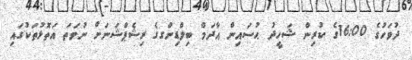
ދުވަހުގެ 16:00ގެ ކުރިން ޝަހީދު ޙުސައިން އާދަމް ބިލްޑިންގގެ ރިޝެޕްޝަނަށް ނުވަތަ އަތޮޅުތަކުގައި